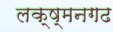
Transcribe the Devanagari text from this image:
लक्ष्मनगढ